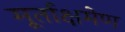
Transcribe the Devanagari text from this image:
मूर्ताक्षमेण